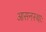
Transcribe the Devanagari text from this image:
आसनस्थाः